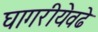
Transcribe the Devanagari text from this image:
घागरीयेवढे